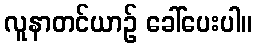
လူနာတင်ယာဉ် ခေါ်ပေးပါ။